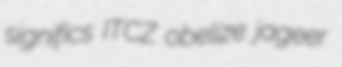
significs ITCZ obelize jageer